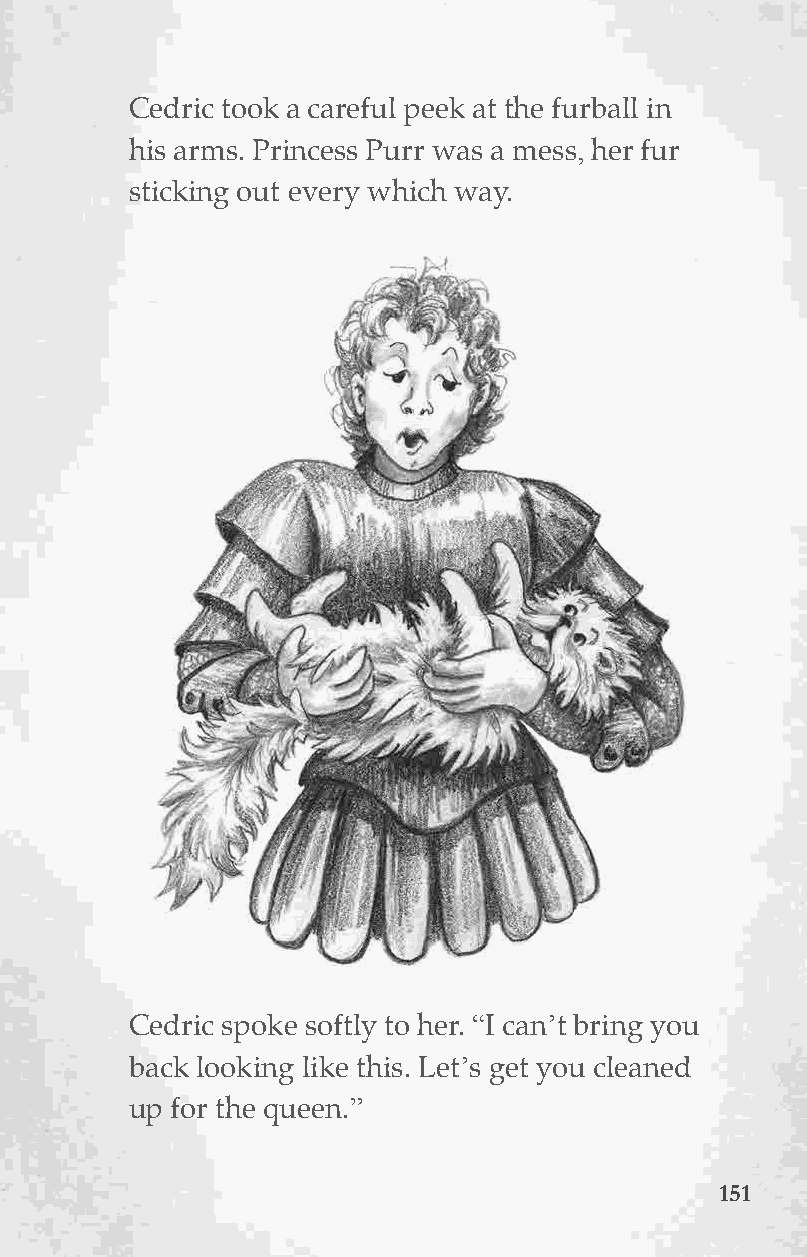
Cedric took a careful peek at the furball in
 his arms. Princess Purr was a mess, her fur
 sticking out every which way.
 This is Cobweb   the Cat.
 Cedric spoke softly to her. “I can’t bring you
 back looking like this. Let’s get you cleaned
 up for the queen.”
 115511